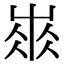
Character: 𡸓